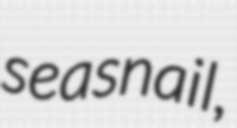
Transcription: sea snail,